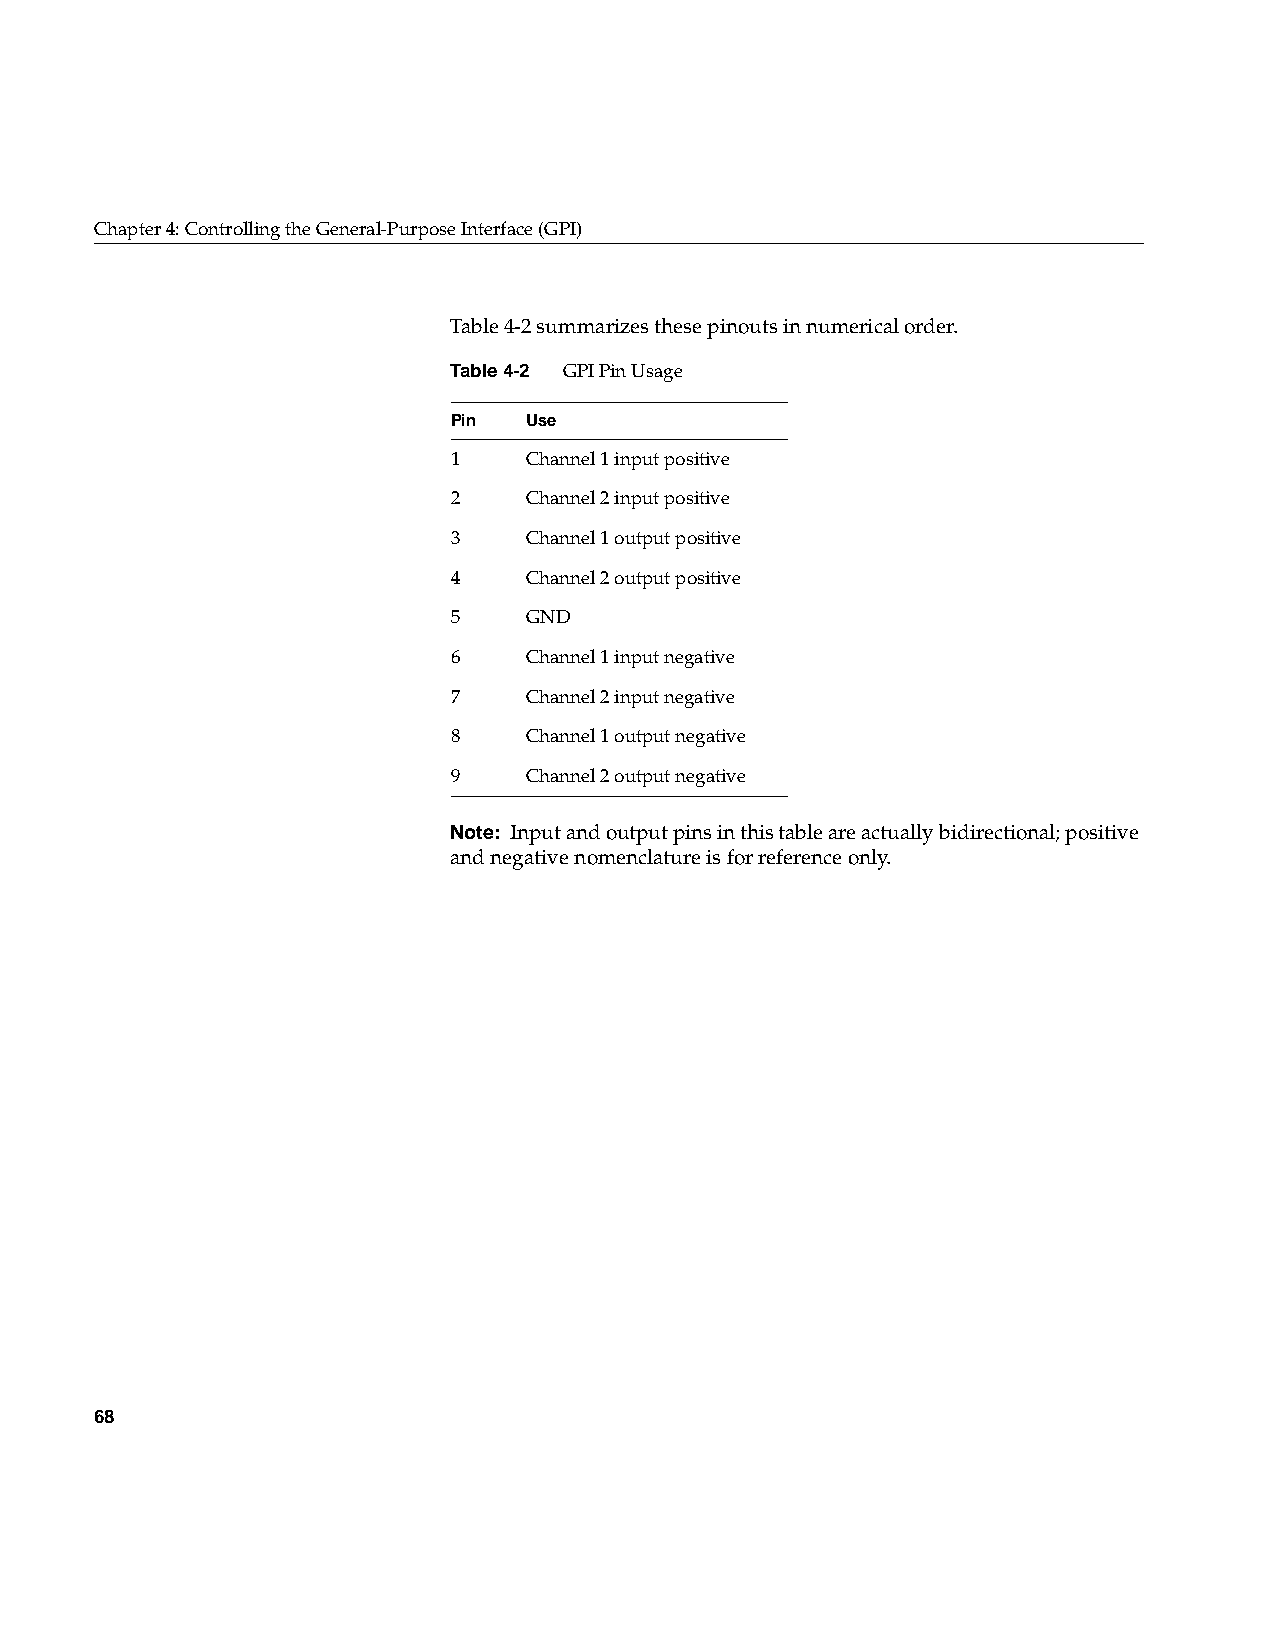
Chapter4: Controlling the General-Purpose Interface (GPI)
 Table4-2 summarizes these pinouts in numerical order.
 Table4-2 GPI Pin Usage
 Pin  Use
 1    Channel 1 input positive
 2    Channel 2 input positive
 3    Channel 1 output positive
 4    Channel 2 output positive
 5    GND
 6    Channel 1 input negative
 7    Channel 2 input negative
 8    Channel 1 output negative
 9    Channel 2 output negative
 Note: Input and output pins in this table are actually bidirectional; positive
 and negative nomenclature is for reference only.
 68